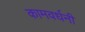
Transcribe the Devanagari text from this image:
कामवर्धनी